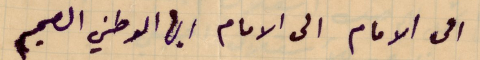
الى الامام الى الامام ايها الوطني الصميم